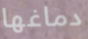
دماغها